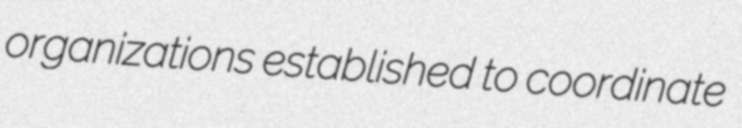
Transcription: organizations established to coordinate